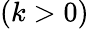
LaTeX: (k>0)